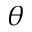
\theta